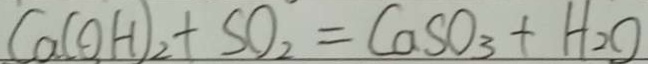
C a ( O H ) _ { 2 } + S O _ { 2 } = C a S O _ { 3 } + H _ { 2 } O